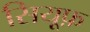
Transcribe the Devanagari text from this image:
सियूफ़